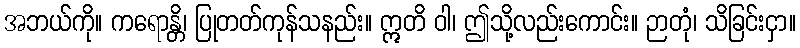
အဘယ်ကို။ ကရောန္တိ၊ ပြုတတ်ကုန်သနည်း။ ဣတိ ဝါ၊ ဤသို့လည်းကောင်း။ ဉာတုံ၊ သိခြင်းငှာ။